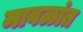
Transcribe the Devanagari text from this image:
मावळांत